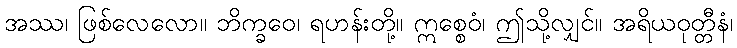
အဿ၊ ဖြစ်လေလော။ ဘိက္ခဝေ၊ ရဟန်းတို့။ ဣစ္စေဝံ၊ ဤသို့လျှင်။ အရိယဝုတ္တီနံ၊